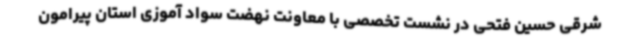
شرقی حسین فتحی در نشست تخصصی با معاونت نهضت سواد آموزی استان پیرامون